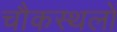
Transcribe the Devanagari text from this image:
चौकस्थलों